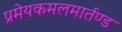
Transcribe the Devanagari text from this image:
प्रमेयकमलमार्तण्ड